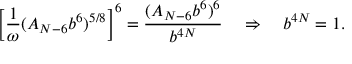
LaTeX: \left[ \frac { 1 } { \omega } ( A _ { N - 6 } b ^ { 6 } ) ^ { 5 / 8 } \right] ^ { 6 } = \frac { ( A _ { N - 6 } b ^ { 6 } ) ^ { 6 } } { b ^ { 4 N } } \quad \Rightarrow \quad b ^ { 4 N } = 1 .